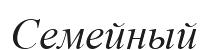
Семейный